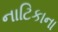
નાટિકાના